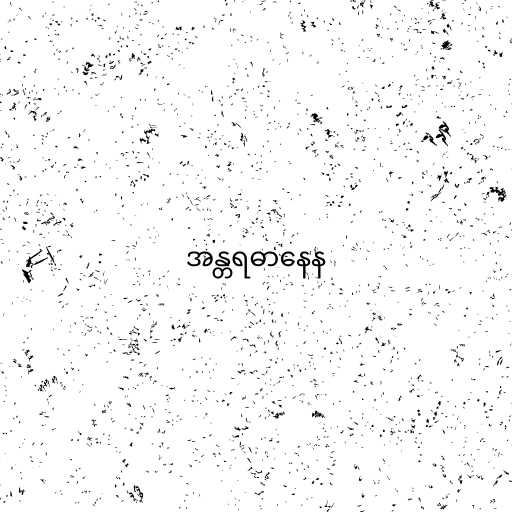
အန္တရဓာနေန